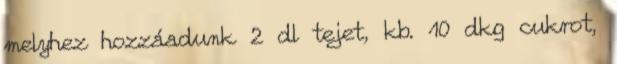
melyhez hozzáadunk 2 dl tejet, kb. 10 dkg cukrot,